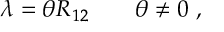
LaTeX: \lambda = \theta R _ { 1 2 } \qquad \theta \neq 0 ~ ,